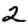
Digit: 2